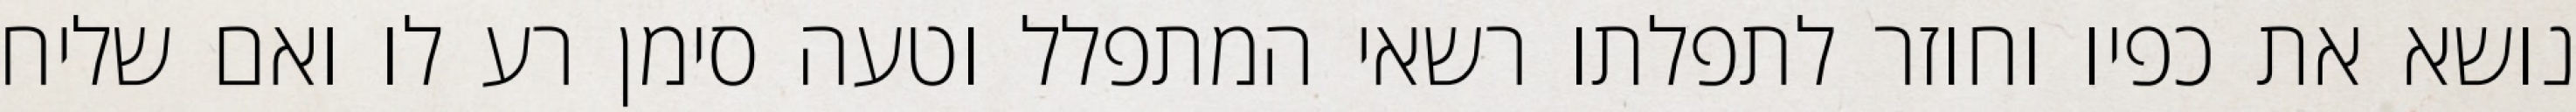
נושא את כפיו וחוזר לתפלתו רשאי המתפלל וטעה סימן רע לו ואם שליח